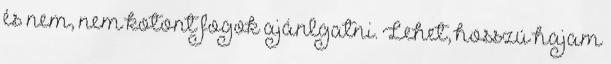
és nem, nem kotont fogok ajánlgatni. Lehet, hosszú hajam